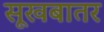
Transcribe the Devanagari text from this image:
सूखबातर